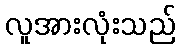
လူအားလုံးသည်